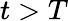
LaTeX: t>T